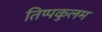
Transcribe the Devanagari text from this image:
तिप्पकुलम